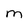
Character: m